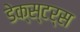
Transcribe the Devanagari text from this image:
डेक्स्टर्स